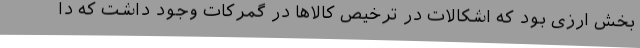
بخش ارزی بود که اشکالات در ترخیص کالاها در گمرکات وجود داشت که دا